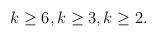
LaTeX: \begin{align*} k\geq 6, k\geq 3, k\geq 2.\end{align*}